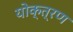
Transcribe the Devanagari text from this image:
योक्त्रण